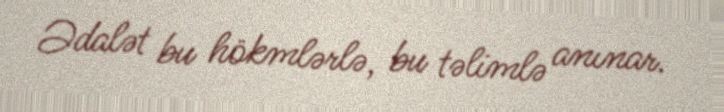
Ədalət bu hökmlərlə, bu təlimlə anınar.